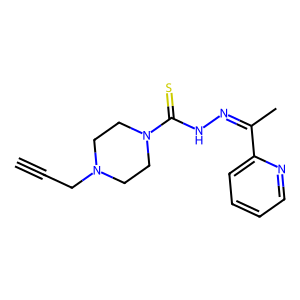
SMILES: C#CCN1CCN(C(=S)NN=C(C)c2ccccn2)CC1
Inhibits HIV replication: No